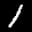
Label: 1